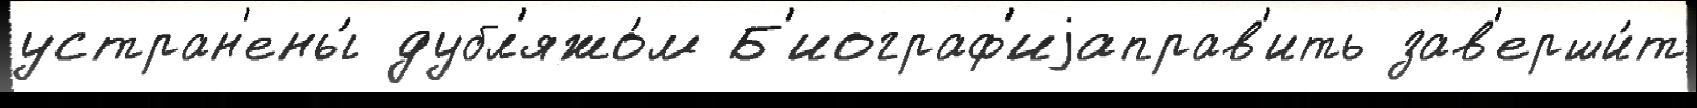
устран'ены́ дубл'яжо́м Б'иограф'иjаправ'ить зав'ерши́т